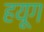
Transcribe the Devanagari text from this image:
हयूग